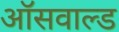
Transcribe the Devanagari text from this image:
ऑसवाल्ड